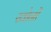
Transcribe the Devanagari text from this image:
खोनों